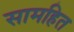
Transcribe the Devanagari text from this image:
सामहित